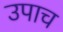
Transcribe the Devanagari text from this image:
उपाच